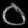
Digit: ၀